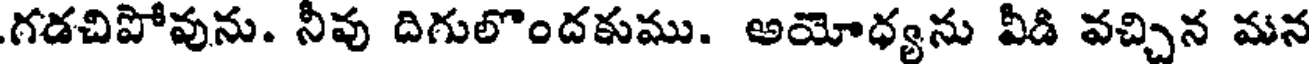
గడచిపోవును. నీవు దిగులొందకుము. అయోధ్యను వీడి వచ్చిన మన